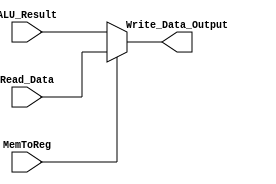
/*

Done By : Ahmad Haroun
Date    : 10/20/2023 

*/ 

module ALUResult_ReadData_Mux (Write_Data_Output,MemToReg , Read_Data , ALU_Result) ;

  // Scalers 
  
    input MemToReg  ; 
  
  // Vectors 
  
   input      [31:0] Read_Data , ALU_Result ; 
	
	output  [31:0] Write_Data_Output      ;
	
  /***********************************/
  
  // Select either 'Readdata' from the memory or the ALU result value as write data for register file. 
    // if MemToReg = 0  --> Output = Read_Data
    // if MemToReg = 1  --> Output = ALU_Result 
       
		 assign Write_Data_Output =   (!MemToReg) ? ALU_Result : Read_Data ;  

endmodule

`timescale 1ns / 1ps

module ALUResult_ReadData_Mux_TestBench();

  // Reg for Test Values
  
    reg        MemToReg                 ;
	 reg [31:0] Read_Data  , ALU_Result  ; 
	 
  // Define the output Wires.
  
    wire [31:0] Write_Data_Output ; 

  // Device Under Test .

    ALUResult_ReadData_Mux  DUT (Write_Data_Output,MemToReg , Read_Data , ALU_Result) ;
	 
  /*************************/
  
    initial begin 
	 
	   #20
		MemToReg = 1'b0;
		
	   Read_Data  = 32'b0 ;
		ALU_Result = 32'b0 ;
		
		#40 
		
	   Read_Data   = 32'd2 ;
		ALU_Result  = 32'd1 ;
		
		#40
		
		MemToReg = 1'b1;
		
		#40 ;
	 
	 end
	 


endmodule